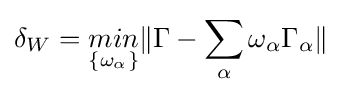
\delta _{W}={\underset {\{\omega _{\alpha }\}}{min}}\|\Gamma -\sum _{\alpha }\omega _{\alpha }\Gamma _{\alpha }\|